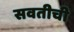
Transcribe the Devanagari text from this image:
सवतीची